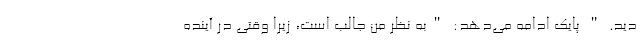
دید. " پایک ادامه می‌دهد: "به نظر من جالب است، زیرا وقتی در آینده